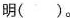
明()。